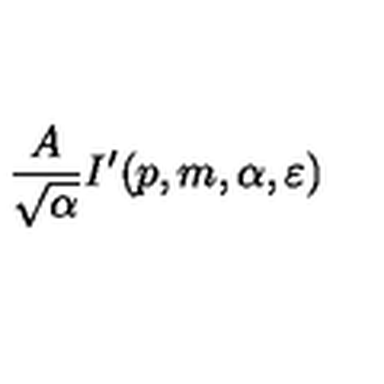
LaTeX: \frac { A } { \sqrt { \alpha } } I ^ { \prime } ( p , m , \alpha , \varepsilon )